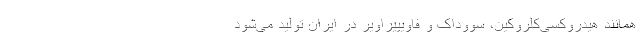
همانند هیدروکسی‌کلروکین، سووداک و فاویپیراویر در ایران تولید می‌شود